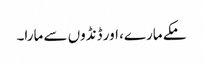
مکے مارے، اور ڈنڈوں سے مارا۔